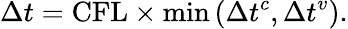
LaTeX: \Delta t=\mathrm{CFL}\times\operatorname*{min}\left(\Delta t^{c},\Delta t^{v}\right).